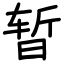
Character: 暂